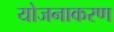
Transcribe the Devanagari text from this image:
योजनाकरण